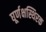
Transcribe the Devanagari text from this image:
घूर्णक्षस्थिरक